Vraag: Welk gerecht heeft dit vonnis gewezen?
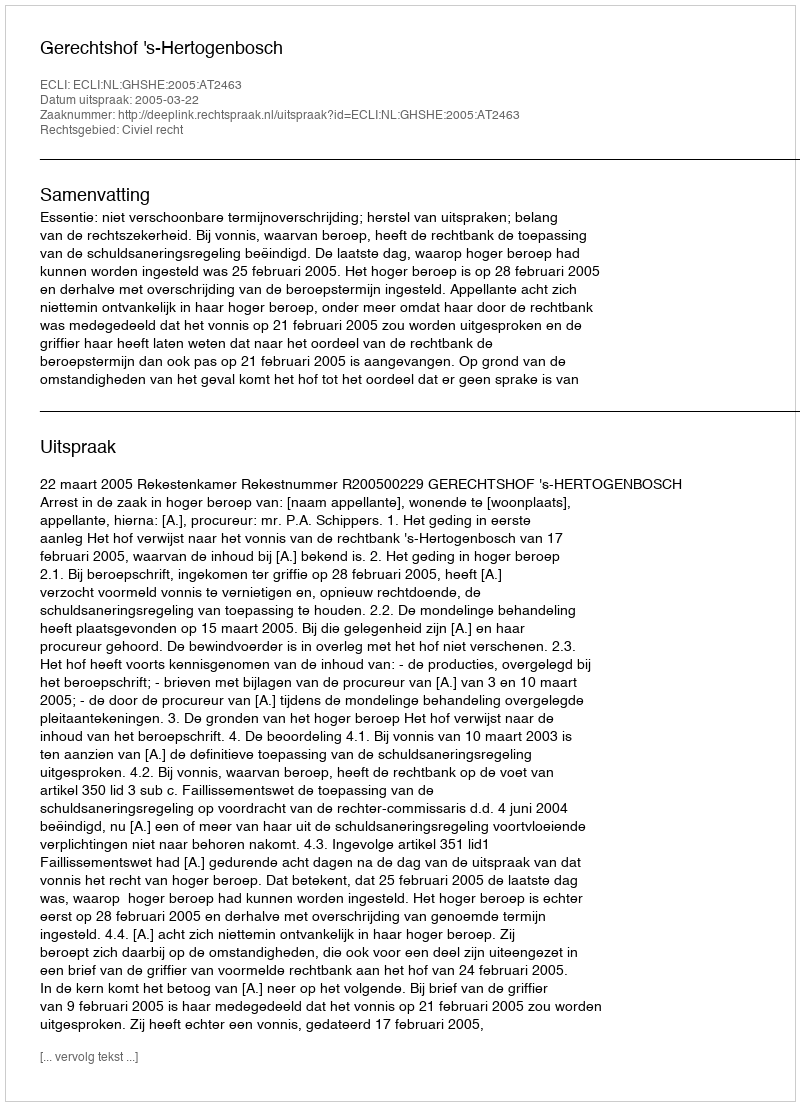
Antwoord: Gerechtshof 's-Hertogenbosch